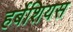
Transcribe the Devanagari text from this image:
हर्बेशियस